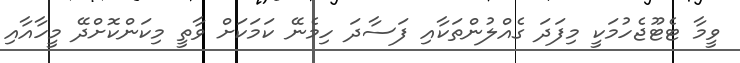
ވީމާ ޓެޓޫޖެހުމަކީ މިފަދަ ގެއްލުންތަކާއި ފަސާދަ ހިމެނޭ ކަމަކަށް ވާތީ މިކަންކޮށްދޭ މީހާއާއި